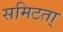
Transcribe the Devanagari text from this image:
समिटता्